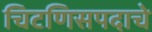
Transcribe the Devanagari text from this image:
चिटणिसपदाचे